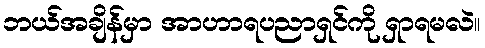
ဘယ်အချိန်မှာ အာဟာရပညာရှင်ကို ရှာရမလဲ။